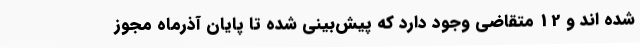
شده اند و 12 متقاضی وجود دارد که پیش‌بینی شده تا پایان آذرماه مجوز